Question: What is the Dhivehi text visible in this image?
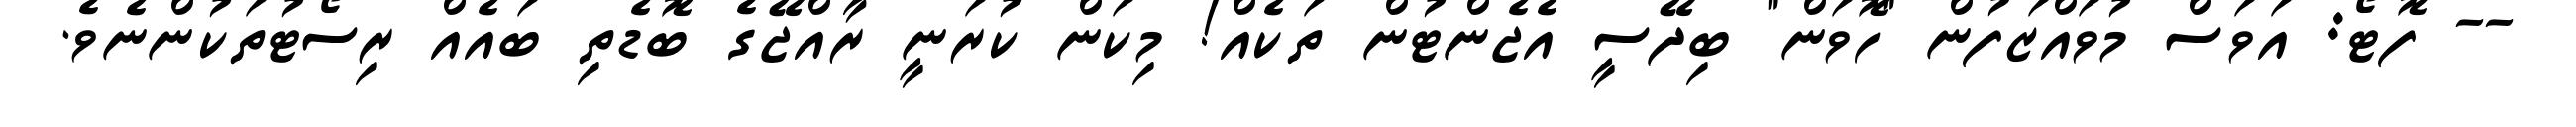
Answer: -- ފޮޓޯ: އަވަސް މުވައްޒަފުން "ހޮވަން" ބިދޭސީ އެޖެންޓުން ތަކެއް! މިކަން ކުރަނީ ރާއްޖޭގެ ބޮޑެތި ބައެއް ރިސޯޓުތަކުންނެވެ.